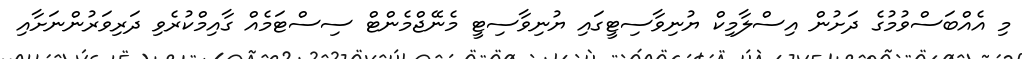
މި އެއްބަސްވުމުގެ ދަށުން އިސްލާމިކް ޔުނިވާސިޓީގައި ޔުނިވާސިޓީ މެނޭޖްމެންޓް ސިސްޓަމެއް ގާއިމްކުރެވި ދަރިވަރުންނަށާއި